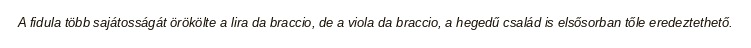
A fidula több sajátosságát örökölte a lira da braccio, de a viola da braccio, a hegedű család is elsősorban tőle eredeztethető.